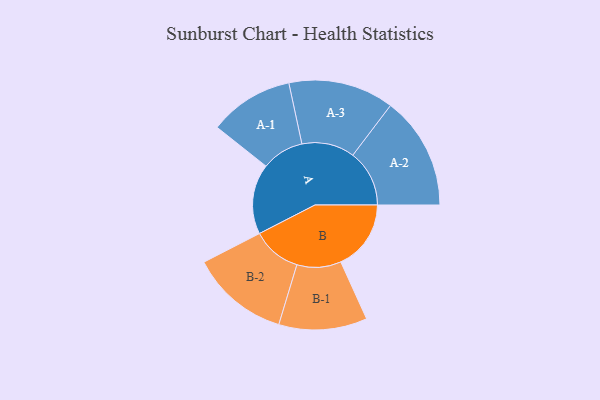
{"axis": {"x": "Segment", "y": "Value"}, "legend": ["", "A", "B"], "data": [{"x": "A", "y": 334, "type": ""}, {"x": "B", "y": 334, "type": ""}, {"x": "A-1", "y": 201, "type": "A"}, {"x": "A-2", "y": 269, "type": "A"}, {"x": "A-3", "y": 251, "type": "A"}, {"x": "B-1", "y": 210, "type": "B"}, {"x": "B-2", "y": 234, "type": "B"}]}